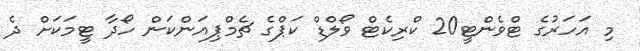
މި އަހަރުގެ ޓްވެންޓީ20 ކްރިކެޓް ވޯލްޑް ކަޕްގެ ޗެމްޕިއަންކަން ހޯދާ ޓީމަކަށް ދެ